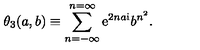
\theta _ { 3 } ( a , b ) \equiv \sum _ { n = - \infty } ^ { n = \infty } { { \mathrm { e } } } ^ { 2 n a { \mathrm { i } } } b ^ { n ^ { 2 } } .